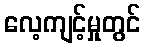
လေ့ကျင့်မှုတွင်